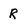
Character: R